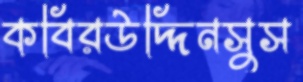
কবিরউদ্দিনসুস